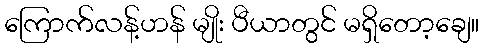
ကြောက်လန့်ဟန် မျိုး ပီယာတွင် မရှိတော့ချေ။